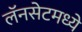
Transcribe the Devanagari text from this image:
लॅनसेटमध्ये